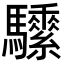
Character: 𩧖